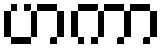
ဟကာ